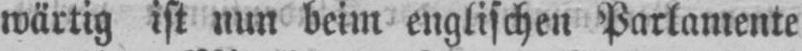
wärtig ist nun beim englischen Parlamente